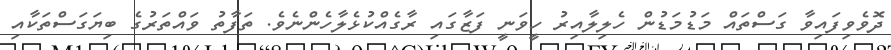
ދޮވެވިފައިވާ ގަސްތައް މަޑުމަޑުން ހެލިލާއިރު ހީވަނީ ފަޒާގައި ރާގެއްކުޅެލާހެންނެވެ. ތަފާތު ވައްތަރުގެ ބިޔަގަސްތަކާއި